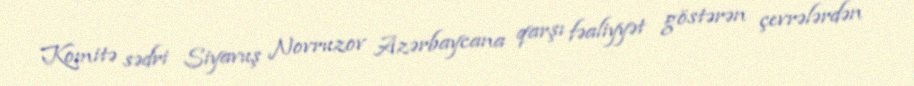
Komitə sədri Siyavuş Novruzov Azərbaycana qarşı fəaliyyət göstərən çevrələrdən